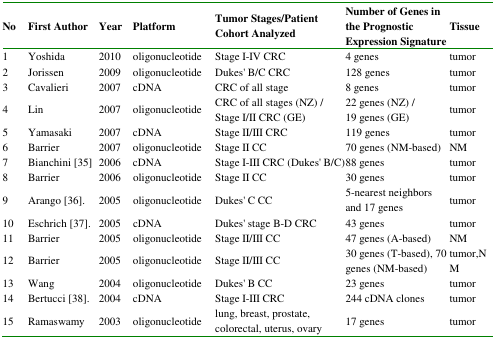
<table><thead><tr><td><b>No</b></td><td><b>First Author</b></td><td><b>Year</b></td><td><b>Platform</b></td><td><b>Tumor Stages/Patient Cohort Analyzed</b></td><td><b>Number of Genes in the Prognostic Expression Signature</b></td><td><b>Tissue</b></td></tr></thead><tbody><tr><td>1</td><td>Yoshida</td><td>2010</td><td>oligonucleotide</td><td>Stage I-IV CRC</td><td>4 genes</td><td>tumor</td></tr><tr><td>2</td><td>Jorissen</td><td>2009</td><td>oligonucleotide</td><td>Dukes&#x27; B/C CRC</td><td>128 genes</td><td>tumor</td></tr><tr><td>3</td><td>Cavalieri</td><td>2007</td><td>cDNA</td><td>CRC of all stage</td><td>8 genes</td><td>tumor</td></tr><tr><td>4</td><td>Lin</td><td>2007</td><td>oligonucleotide</td><td>CRC of all stages (NZ) / Stage I/II CRC (GE)</td><td>22 genes (NZ) / 19 genes (GE)</td><td>tumor</td></tr><tr><td>5</td><td>Yamasaki</td><td>2007</td><td>cDNA</td><td>Stage II/III CRC</td><td>119 genes</td><td>tumor</td></tr><tr><td>6</td><td>Barrier</td><td>2007</td><td>oligonucleotide</td><td>Stage II CC</td><td>70 genes (NM-based)</td><td>NM</td></tr><tr><td>7</td><td>Bianchini [35]</td><td>2006</td><td>cDNA</td><td>Stage I-III CRC (Dukes&#x27; B/C)</td><td>88 genes</td><td>tumor</td></tr><tr><td>8</td><td>Barrier</td><td>2006</td><td>oligonucleotide</td><td>Stage II CC</td><td>30 genes</td><td>tumor</td></tr><tr><td>9</td><td>Arango [36].</td><td>2005</td><td>oligonucleotide</td><td>Dukes&#x27; C CC</td><td>5-nearest neighbors and 17 genes</td><td>tumor</td></tr><tr><td>10</td><td>Eschrich [37].</td><td>2005</td><td>cDNA</td><td>Dukes&#x27; stage B-D CRC</td><td>43 genes</td><td>tumor</td></tr><tr><td>11</td><td>Barrier</td><td>2005</td><td>oligonucleotide</td><td>Stage II/III CC</td><td>47 genes (A-based)</td><td>NM</td></tr><tr><td>12</td><td>Barrier</td><td>2005</td><td>oligonucleotide</td><td>Stage II/III CC</td><td>30 genes (T-based), 70 genes (NM-based)</td><td>tumor,N M</td></tr><tr><td>13</td><td>Wang</td><td>2004</td><td>oligonucleotide</td><td>Dukes&#x27; B CC</td><td>23 genes</td><td>tumor</td></tr><tr><td>14</td><td>Bertucci [38].</td><td>2004</td><td>cDNA</td><td>Stage I-III CRC</td><td>244 cDNA clones</td><td>tumor</td></tr><tr><td>15</td><td>Ramaswamy</td><td>2003</td><td>oligonucleotide</td><td>lung, breast, prostate, colorectal, uterus, ovary</td><td>17 genes</td><td>Tumor</td></tr></tbody></table>